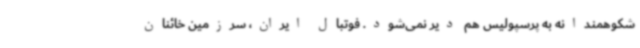
شکوهمندانه به پرسپولیس هم دیر نمی‌شود. فوتبال ایران، سرزمین خائنان